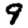
Digit: 9